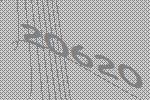
20620